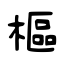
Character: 樞